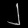
Digit: ၂